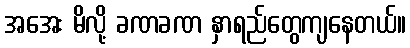
အအေး မိလို့ ခဏခဏ နှာရည်တွေကျနေတယ်။